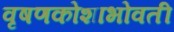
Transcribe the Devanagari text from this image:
वृषणकोशाभोवती